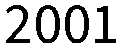
2001